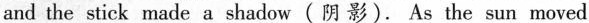
and the stick made a shadow (阴影). As the sun moved